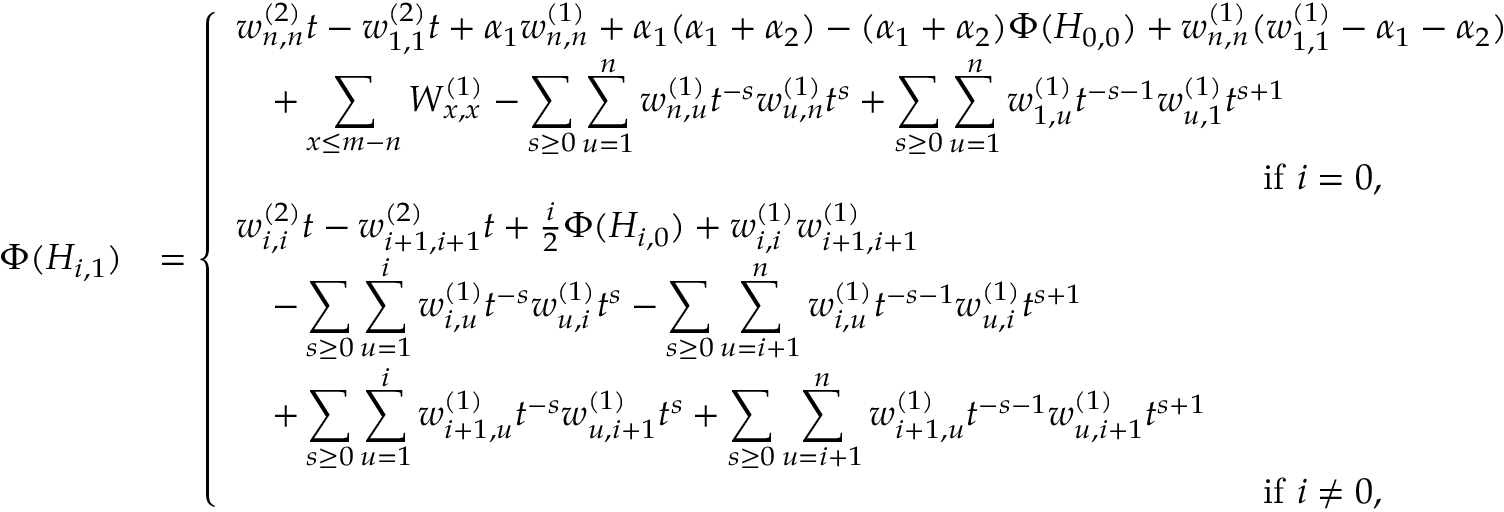
\begin{array} { r l } { \Phi ( H _ { i , 1 } ) } & { = \left\{ \begin{array} { l l } { w _ { n , n } ^ { ( 2 ) } t - w _ { 1 , 1 } ^ { ( 2 ) } t + \alpha _ { 1 } w _ { n , n } ^ { ( 1 ) } + \alpha _ { 1 } ( \alpha _ { 1 } + \alpha _ { 2 } ) - ( \alpha _ { 1 } + \alpha _ { 2 } ) \Phi ( H _ { 0 , 0 } ) + w _ { n , n } ^ { ( 1 ) } ( w _ { 1 , 1 } ^ { ( 1 ) } - \alpha _ { 1 } - \alpha _ { 2 } ) } \\ { \quad + \displaystyle \sum _ { x \leq m - n } W _ { x , x } ^ { ( 1 ) } - \displaystyle \sum _ { s \geq 0 } \displaystyle \sum _ { u = 1 } ^ { n } w _ { n , u } ^ { ( 1 ) } t ^ { - s } w _ { u , n } ^ { ( 1 ) } t ^ { s } + \displaystyle \sum _ { s \geq 0 } \displaystyle \sum _ { u = 1 } ^ { n } w _ { 1 , u } ^ { ( 1 ) } t ^ { - s - 1 } w _ { u , 1 } ^ { ( 1 ) } t ^ { s + 1 } } \\ { \qquad \qquad \qquad \qquad \qquad \qquad \qquad \qquad \qquad \qquad \qquad \qquad \qquad \qquad \mathrm { ~ i f ~ } i = 0 , } \\ { w _ { i , i } ^ { ( 2 ) } t - w _ { i + 1 , i + 1 } ^ { ( 2 ) } t + \frac { i } { 2 } \Phi ( H _ { i , 0 } ) + w _ { i , i } ^ { ( 1 ) } w _ { i + 1 , i + 1 } ^ { ( 1 ) } } \\ { \quad - \displaystyle \sum _ { s \geq 0 } \displaystyle \sum _ { u = 1 } ^ { i } w _ { i , u } ^ { ( 1 ) } t ^ { - s } w _ { u , i } ^ { ( 1 ) } t ^ { s } - \displaystyle \sum _ { s \geq 0 } \displaystyle \sum _ { u = i + 1 } ^ { n } w _ { i , u } ^ { ( 1 ) } t ^ { - s - 1 } w _ { u , i } ^ { ( 1 ) } t ^ { s + 1 } } \\ { \quad + \displaystyle \sum _ { s \geq 0 } \displaystyle \sum _ { u = 1 } ^ { i } w _ { i + 1 , u } ^ { ( 1 ) } t ^ { - s } w _ { u , i + 1 } ^ { ( 1 ) } t ^ { s } + \displaystyle \sum _ { s \geq 0 } \displaystyle \sum _ { u = i + 1 } ^ { n } w _ { i + 1 , u } ^ { ( 1 ) } t ^ { - s - 1 } w _ { u , i + 1 } ^ { ( 1 ) } t ^ { s + 1 } } \\ { \qquad \qquad \qquad \qquad \qquad \qquad \qquad \qquad \qquad \qquad \qquad \qquad \qquad \qquad \mathrm { ~ i f ~ } i \neq 0 , } \end{array} \right. } \end{array}